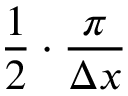
\frac { 1 } { 2 } \cdot \frac { \pi } { \Delta x }